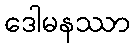
ဒေါမနဿာ